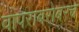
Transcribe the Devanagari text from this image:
वापराबरोबरच